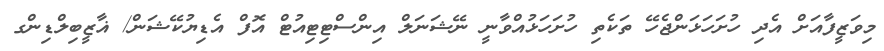
މިވަޒީފާއަށް އެދި ހުށަހަޅަންޖެހޭ ތަކެތި ހުށަހަޅުއްވާނީ ނޭޝަނަލް އިންސްޓިޓިއުޓް އޮފް އެޑިޔުކޭޝަން/ ޣާޒީބިލްޑިންގ